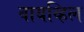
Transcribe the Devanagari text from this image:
वायव्हिल